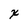
Character: x